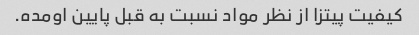
کیفیت پیتزا از نظر مواد نسبت به قبل پایین اومده.